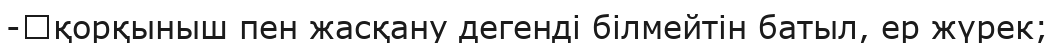
-	қорқыныш пен жасқану дегенді білмейтін батыл, ер жүрек;